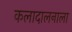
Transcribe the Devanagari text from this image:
कलादालनाला